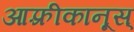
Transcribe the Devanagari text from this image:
आफ़्रीकानूस्